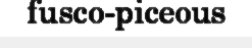
fusco-piceous